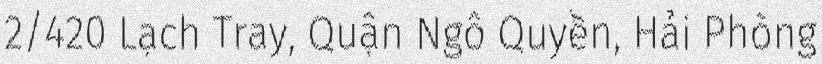
2/420 Lạch Tray, Quận Ngô Quyền, Hải Phòng